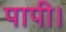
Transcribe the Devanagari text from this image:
पापी।